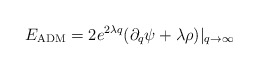
\begin{align*}E_{\rm ADM} = 2 e^{2 \lambda q} (\partial_q \psi + \lambda \rho )|_{q \to\infty}\end{align*}